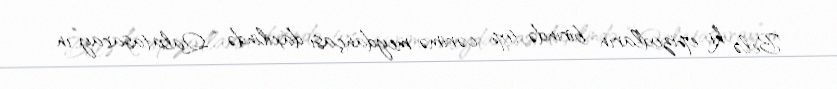
Belə ki, epizodların birində top cərimə meydançası daxilində “Qalatasaray”ın